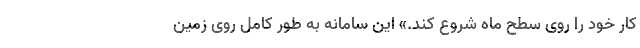
کار خود را روی سطح ماه شروع کند.» این سامانه به طور کامل روی زمین